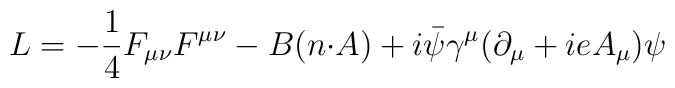
L=-\frac{1}{4}F_{{\mu}{\nu}}F^{{\mu}{\nu}}-B(n{\cdot}A) +i\bar{\psi}{\gamma}^{\mu}({\partial}_{\mu}+ieA_{\mu}){\psi}